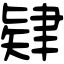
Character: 肄